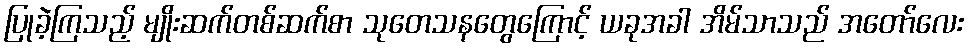
ပြုခဲ့ကြသည့် မျိုးဆက်တစ်ဆက်စာ သုတေသနတွေကြောင့် ယခုအခါ အိမ်သာသည် အတော်လေး